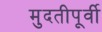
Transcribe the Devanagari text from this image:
मुदतीपूर्वी